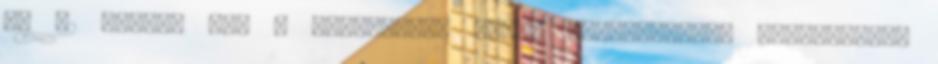
és 52 vendég van a webhelyen. Aktív felhasználók Szerkesztők